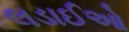
લડાઈઓ